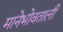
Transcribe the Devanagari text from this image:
मानेभोवताली